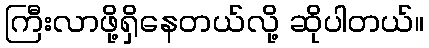
ကြီးလာဖို့ရှိနေတယ်လို့ ဆိုပါတယ်။